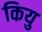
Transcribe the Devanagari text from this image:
कियु